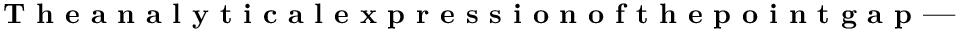
\textbf { T h e a n a l y t i c a l e x p r e s s i o n o f t h e p o i n t g a p --- t h e }